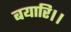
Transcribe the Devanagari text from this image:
बयारि।।